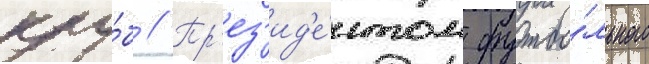
клу́б // Пр'ез'ид'е́нтом футбо́льного